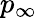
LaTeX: p_{\infty}